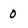
Character: O